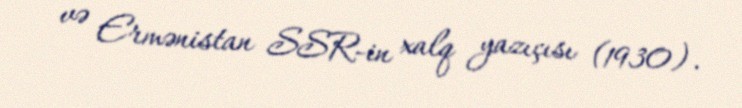
və Ermənistan SSR-in xalq yazıçısı (1930).